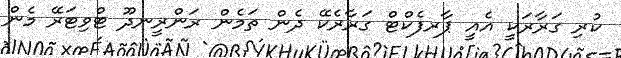
ކުރި ގަރާރަކީ އެއީ ޕާރފެކްޓް ގަރާރެކޭ ދެން ތަމެން ރަންރީނދޫ ޓްވިޓަރޭ މެން